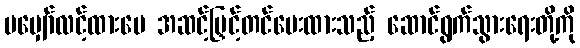
မမျှော်လင့်ထားပေ အဆင့်မြှင့်တင်ပေးထားသည့် ဆောင်ရွက်သွားရေးတို့ကို